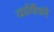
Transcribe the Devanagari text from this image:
वार्षिकौ